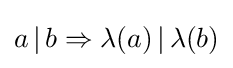
a\,|\,b\Rightarrow \lambda (a)\,|\,\lambda (b)